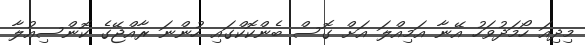
މިދިއަ ހޯމަދުވަހު އޭނާ އަމިއްލަ އަށް ގޮސް ބެންކޮކްގައި ހުންނަ ރާއްޖޭގެ ކޮންސިއުލާ